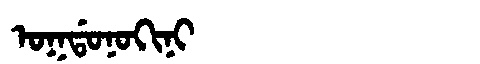
Manchu: ᠣᡴᡩᠣᠨᠣᡴᡳᠨᡳ
Romanization: OKDONOKINI